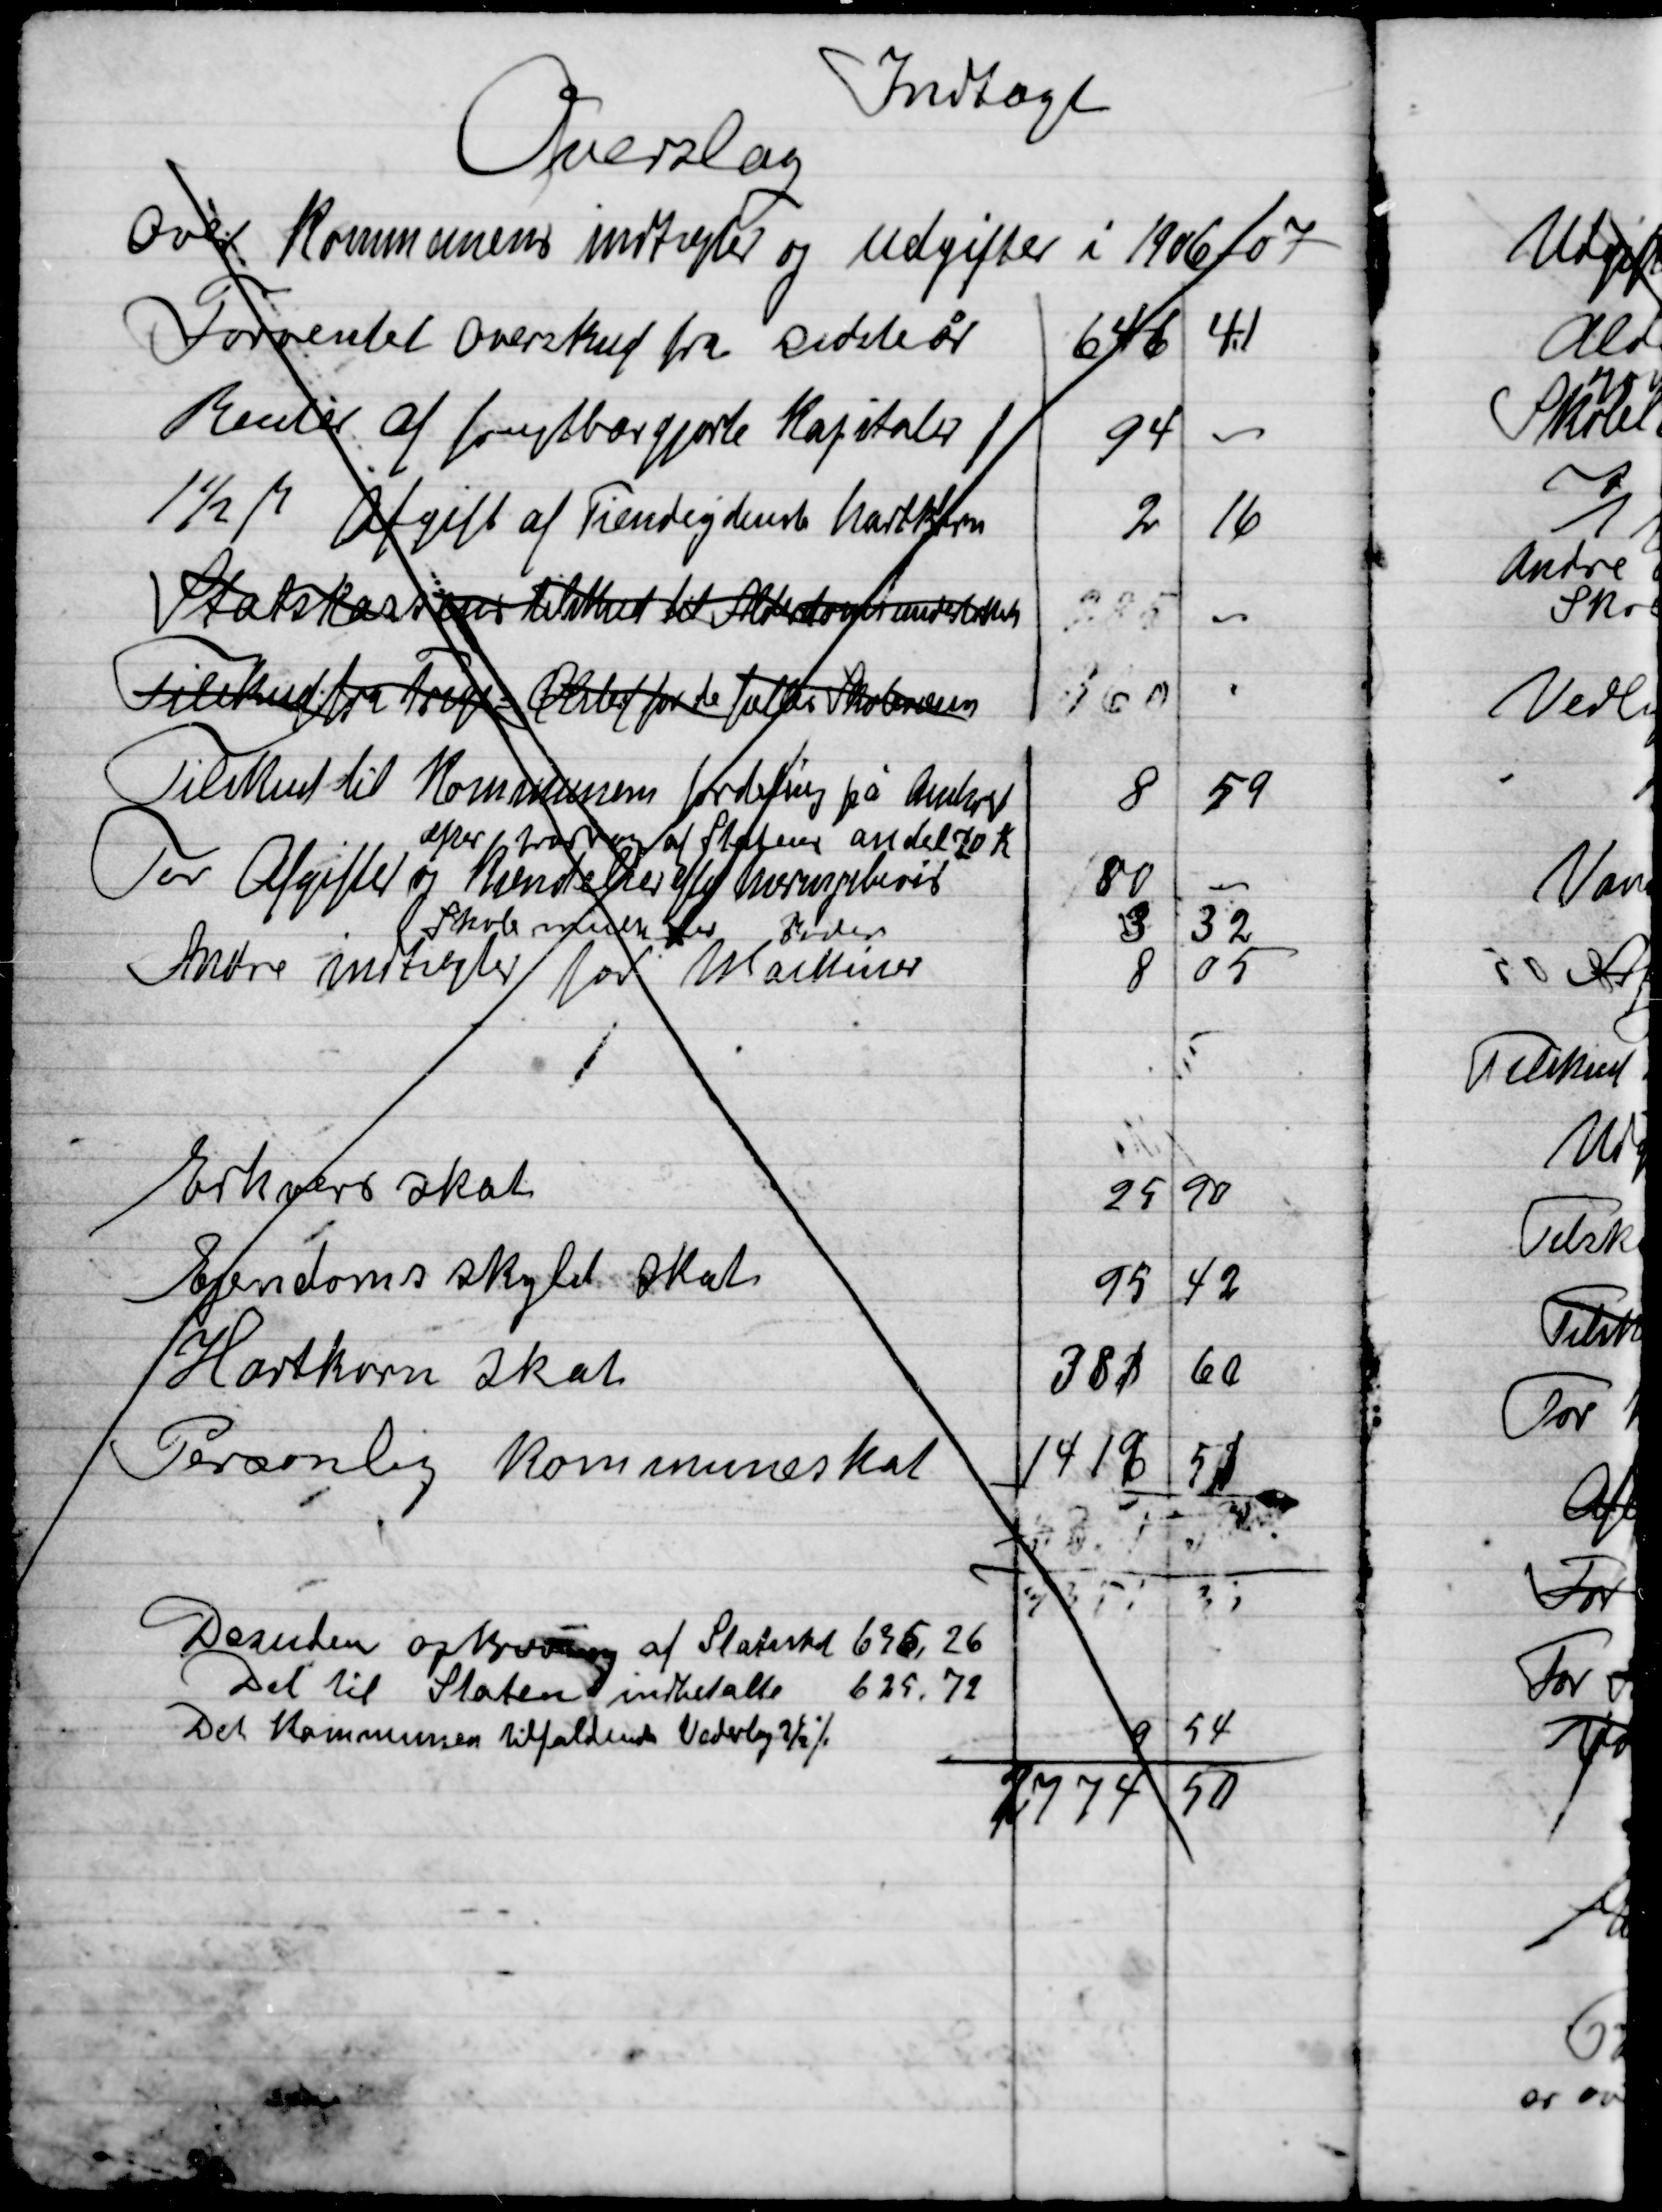
Transskription:
Indtægt
Overslag